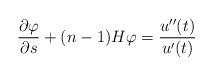
LaTeX: \begin{align*}\frac{\partial\varphi}{\partial s}+(n-1)H\varphi=\frac{u^{\prime\prime}(t)}{u^{\prime}(t)} \end{align*}